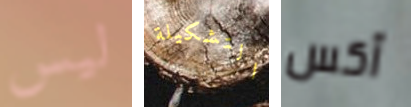
ليس التشكيلة آكس